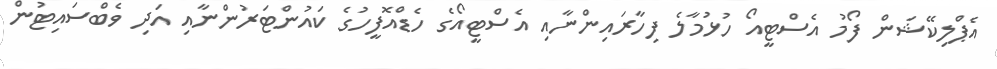
އެޕްލިކޭޝަން ފޯމު އެސްޓީއޯ ހުޅުމާލެ ފިހާރައިންނާއި އެސްޓީއޯގެ ހެޑްއޮފީހުގެ ކައުންޓަރުންނާއި އަދި ވެބްސައިޓުން